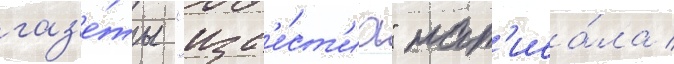
газ'е́ты "изв'е́ст'иа" нап'иса́ла /